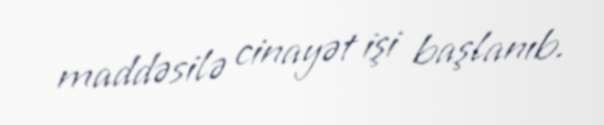
maddəsilə cinayət işi başlanıb.